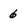
Character: 6